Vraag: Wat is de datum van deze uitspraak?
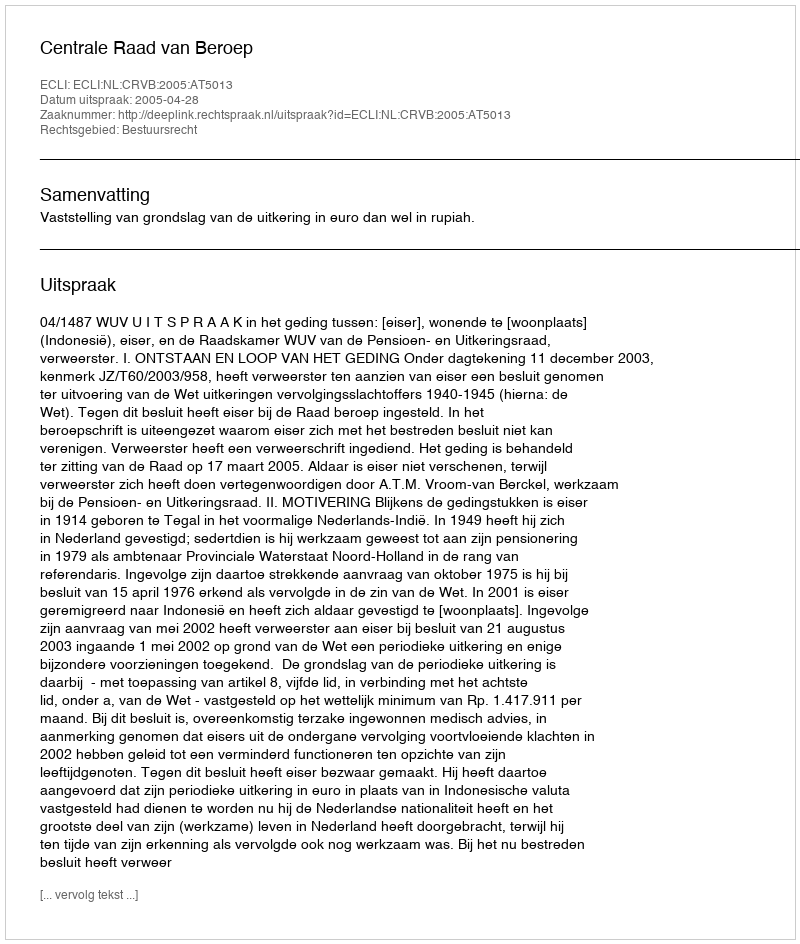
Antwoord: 2005-04-28